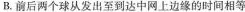
B.前后两个球从发出至到达中网上边缘的时间相等